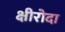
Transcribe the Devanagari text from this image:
क्षीरोदा